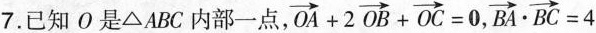
7.已知O是ΔABC内部一点，$$\overrightarrow { O A } + 2 \overrightarrow { O B } + \overrightarrow { O C } = 0$$, $$\overrightarrow { B A } · \overrightarrow { B C } = 4$$